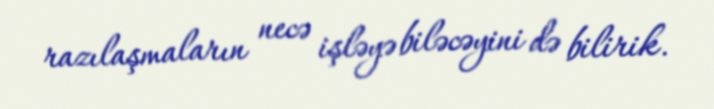
razılaşmaların necə işləyə biləcəyini də bilirik.